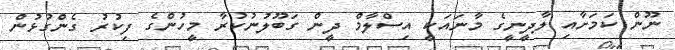
ނޫން ކަމަށާއި ލާދީނީގެ މާނައަކީ އިސްލާމް ދީން ގަބޫލުނުކުރާ މީހުންގެ ފިކުރު ގެންގުޅުން